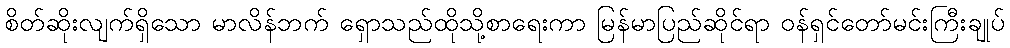
စိတ်ဆိုးလျက်ရှိသော မာလိန်ဘက် ရှောသည်ထိုသို့စာရေးကာ မြန်မာပြည်ဆိုင်ရာ ဝန်ရှင်တော်မင်းကြီးချုပ်